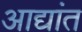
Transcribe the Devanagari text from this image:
आद्यांत